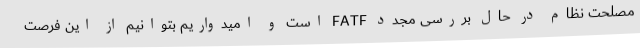
مصلحت نظام در حال بررسی مجدد FATF است و امیدواریم بتوانیم از این فرصت